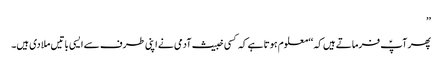
’’
پھر آپؑ فرماتے ہیں کہ ‘‘معلوم ہوتا ہے کہ کسی خبیث آدمی نے اپنی طرف سے ایسی باتیں ملا دی ہیں۔